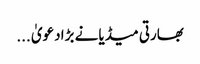
بھارتی میڈیا نے بڑا دعویٰ ...